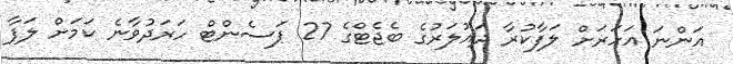
އަންނަ އަހަރަށް ލަފާކުރާ ދައުލަރުގެ ބެޖެޓްގެ 27 ޕަސެންޓް ހަރަދުވާނެ ކަމަށް ލަފާ